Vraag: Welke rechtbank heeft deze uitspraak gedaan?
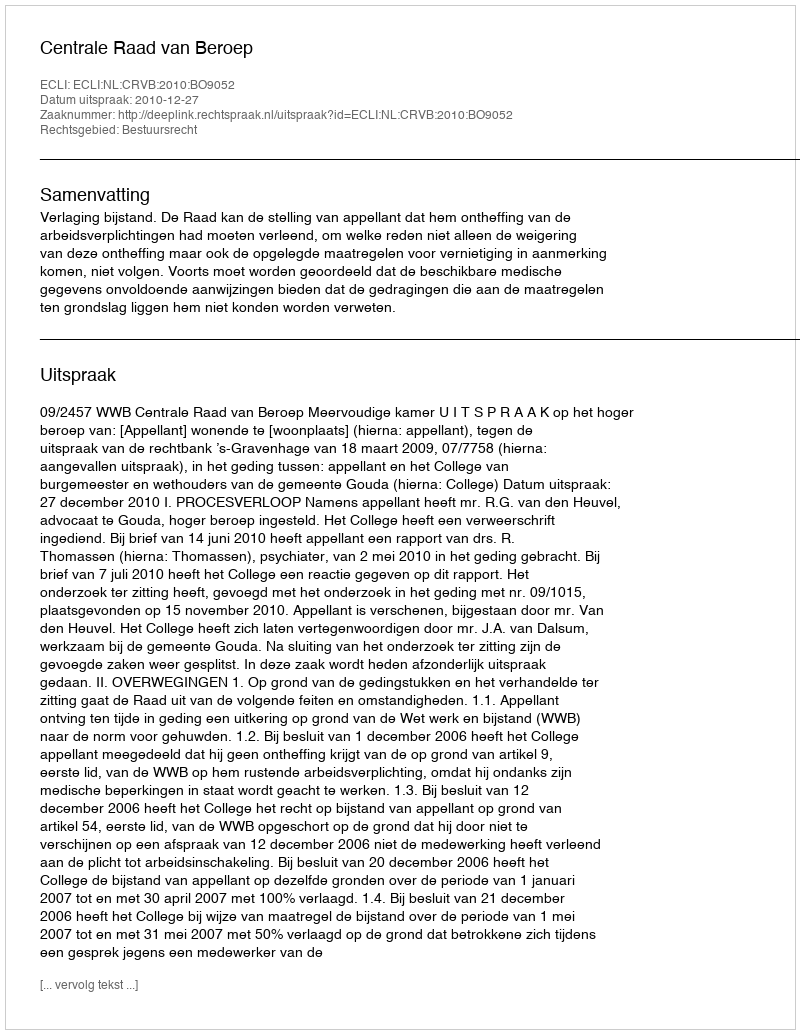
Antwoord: Centrale Raad van Beroep